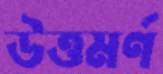
উত্তমর্ণ